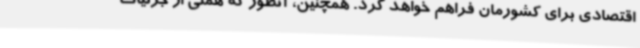
اقتصادی برای کشورمان فراهم خواهد کرد. همچنین، آنطور که همتی از جزئیات